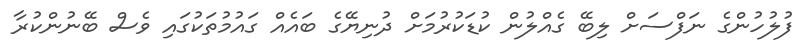
ފުލުހުންގެ ނަފްސަށް ލިބޭ ގެއްލުން ކުޑަކުރުމަށް ދުނިޔޭގެ ބައެއް ގައުމުތަކުގައި ވެސް ބޭނުންކުރާ